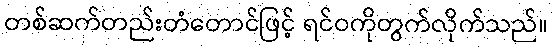
တစ်ဆက်တည်းတံတောင်ဖြင့် ရင်ဝကိုတွက်လိုက်သည်။